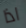
اذا